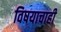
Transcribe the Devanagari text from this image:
विषयाचाही